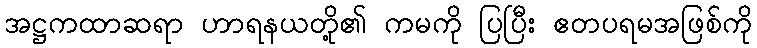
အဋ္ဌကထာဆရာ ဟာရနယတို့၏ ကမကို ပြပြီး ဧတပရမအဖြစ်ကို